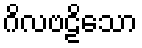
ဂိလဗဠိသော